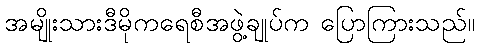
အမျိုးသားဒီမိုကရေစီအဖွဲ့ချုပ်က ပြောကြားသည်။